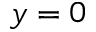
y = 0